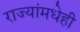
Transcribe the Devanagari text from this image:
राज्यांमधेही